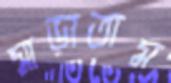
মাড়াতাম